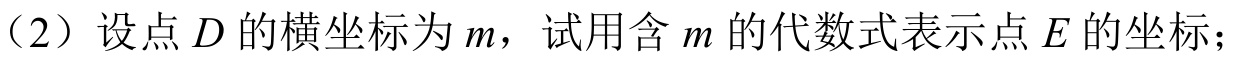
（2）设点 \(D\) 的横坐标为 \(m\)，试用含 \(m\) 的代数式表示点 \(E\) 的坐标；